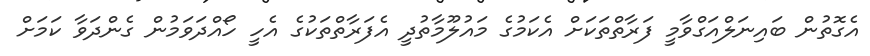
އެގޮތުން ބައިނަލްއަގްވާމީ ފަރާތްތަކަށް އެކަމުގެ މައުލޫމާތުދީ އެފަރާތްތަކުގެ އެހީ ހޯއްދަވަމުން ގެންދަވާ ކަމަށް